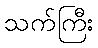
သက်ကြီး